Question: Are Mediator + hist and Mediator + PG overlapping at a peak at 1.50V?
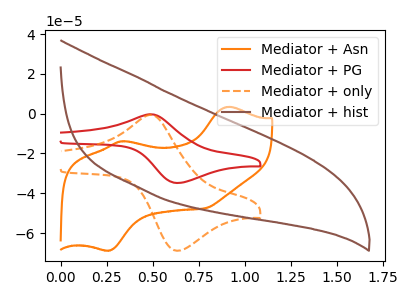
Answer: <think>The orange curve "Mediator + Asn" has anodic peaks at (0.90V, 3.40uA) (0.35V, -13.85uA) and cathodic peaks at (0.25V, -68.80uA) (0.80V, -47.60uA). The red curve "Mediator + PG" has an anodic peak at (0.50V, -0.30uA) and a cathodic peak at (0.65V, -34.85uA). The orange dashed curve "Mediator + only" has an anodic peak at (0.50V, -0.60uA) and a cathodic peak at (0.65V, -68.90uA). The brown curve "Mediator + hist" has no peaks.</think>
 <answer>No, "Mediator + hist" and "Mediator + PG" dont share a peak at 1.50V.</answer>
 <eval>mismatch</eval>